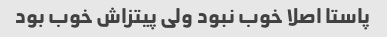
پاستا اصلا خوب نبود ولی پیتزاش خوب بود